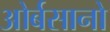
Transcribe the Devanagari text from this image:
ओर्बसानो